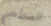
السطحي